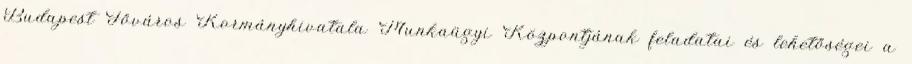
Budapest Főváros Kormányhivatala Munkaügyi Központjának feladatai és lehetőségei a